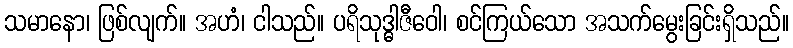
သမာနော၊ ဖြစ်လျက်။ အဟံ၊ ငါသည်။ ပရိသုဒ္ဓါဇီဝေါ၊ စင်ကြယ်သော အသက်မွေးခြင်းရှိသည်။